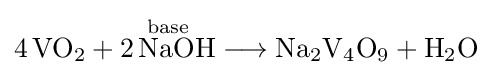
{4\,\mathrm {VO} {\vphantom {A}}_{\smash[{t}]{2}}{}+{}{\overset {\mathrm {base} }{2\,\mathrm {NaOH} }}{}\mathrel {\longrightarrow } {}\mathrm {Na} {\vphantom {A}}_{\smash[{t}]{2}}\mathrm {V} {\vphantom {A}}_{\smash[{t}]{4}}\mathrm {O} {\vphantom {A}}_{\smash[{t}]{9}}{}+{}\mathrm {H} {\vphantom {A}}_{\smash[{t}]{2}}\mathrm {O} }